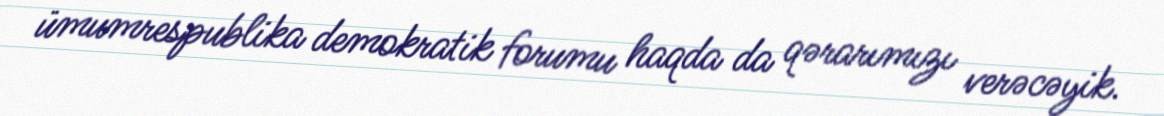
ümumrespublika demokratik forumu haqda da qərarımızı verəcəyik.